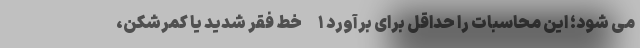
می شود؛ این محاسبات را حداقل برای برآورد ۱-خط فقر شدید یا کمرشکن،